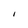
Character: I